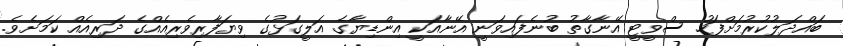
ބައްދަލުކުރުމަށްފަހު ސްވީޓީ އޭނާގާތު ބުނެފައިވަނީ އޭނާއަކީ އިންޑިޔާގެ އަލީގަޅުގެ ވިޔަފާރިވެރިއެއްގެ ދަރިއެއް ކަމަށެވެ.